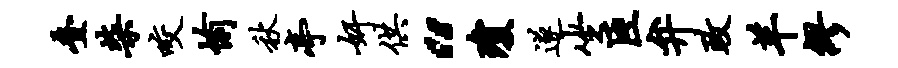
叠柴咬愉秋亭奸供“琼遂坐臣弁政羊缪